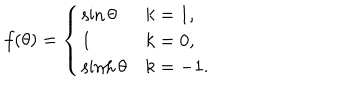
LaTeX: f ( \theta ) = \left\{ \begin{array} { l l } { { \sin \theta } } & { { k = 1 , } } \\ { { 1 } } & { { k = 0 , } } \\ { { \sinh \theta } } & { { k = - 1 . } } \\ \end{array} \right.